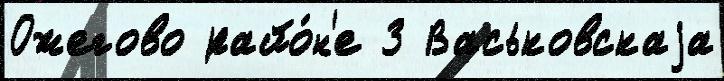
Ожегово райо́н'е 3 Васьковскаjа